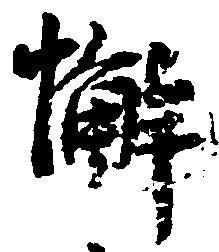
懈